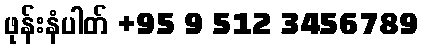
ဖုန်းနံပါတ် +95 9 512 3456789